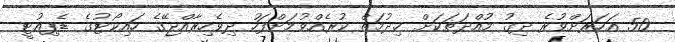
50 އަހަރަށްވުރެ ދިގު މުއްދަތަކަށް ޚިދުމަތް ކުރެއްވުމަށްފަހު ދިވެހިރާއްޖޭގެ ހައިކޯޓުގެ ޑެޕިއުޓީ